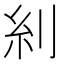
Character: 𠛩